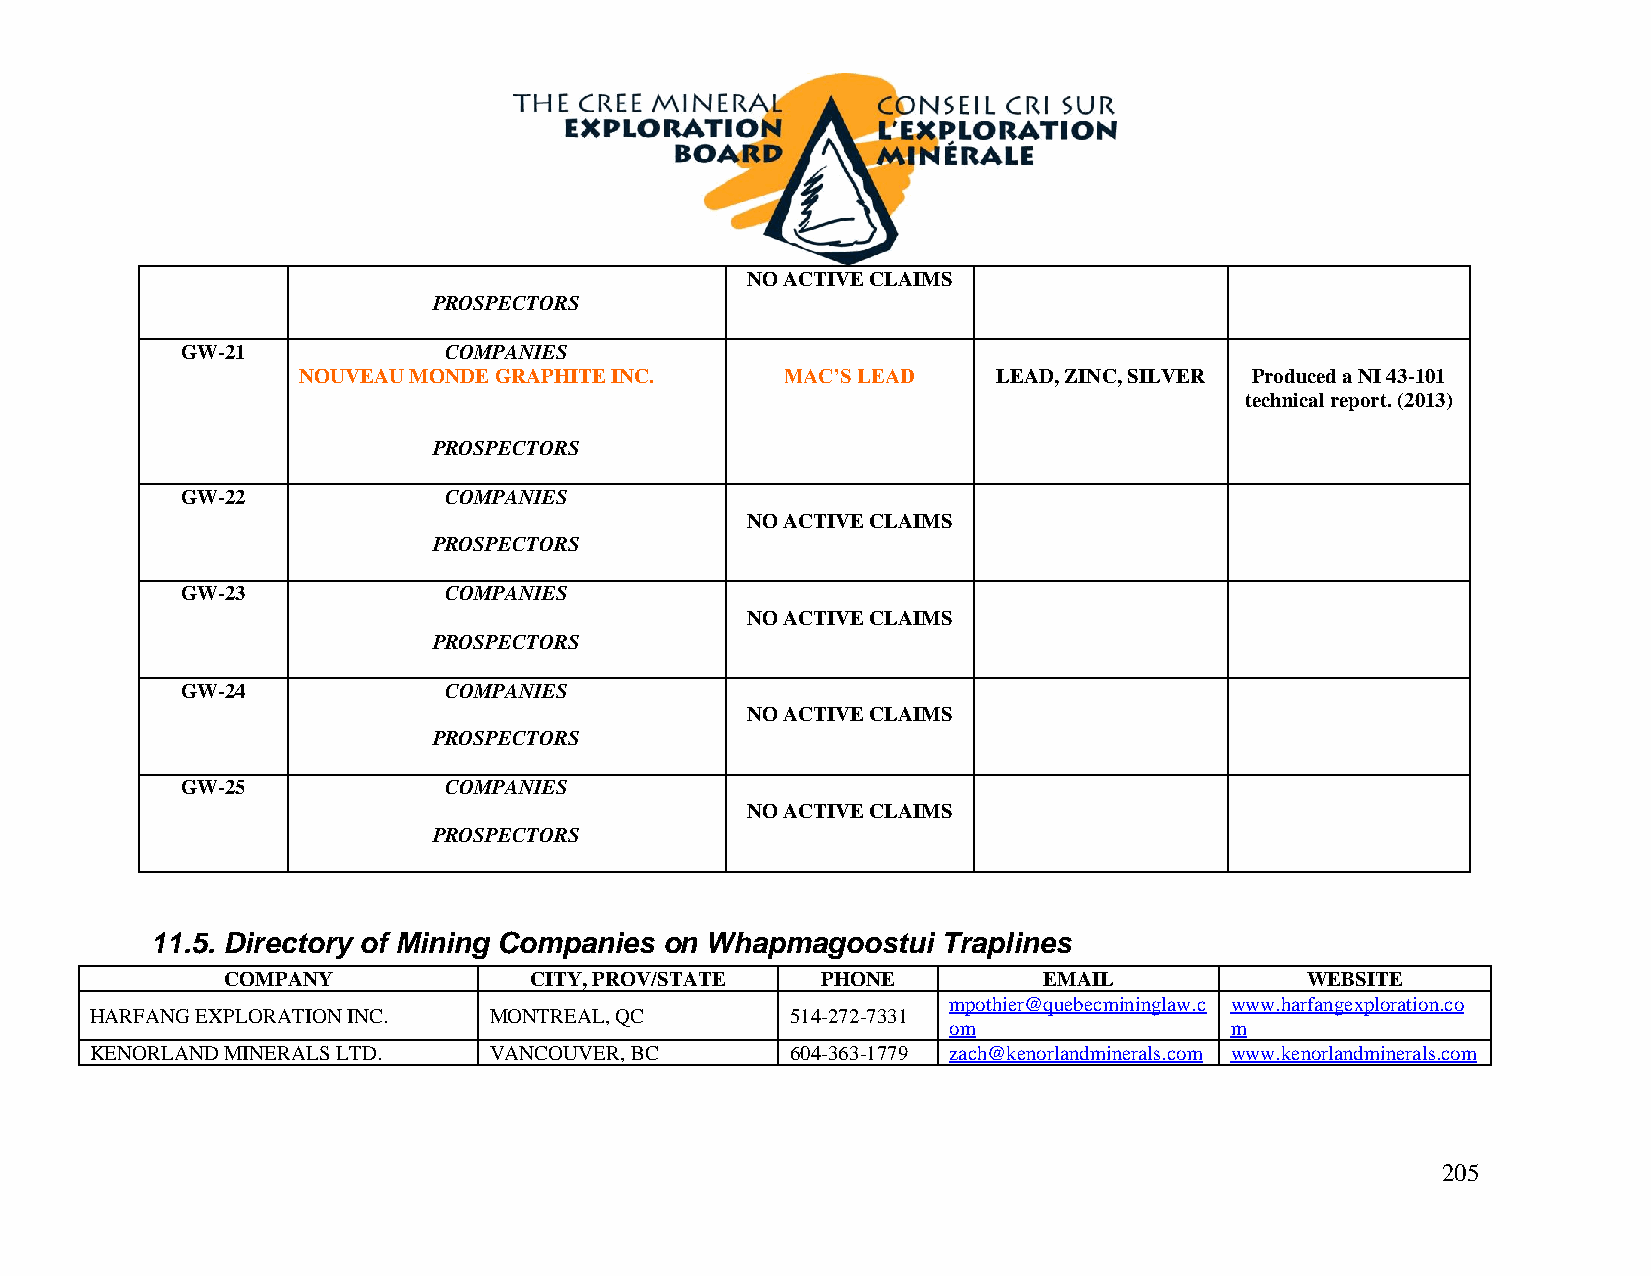
NO ACTIVE CLAIMS
 PROSPECTORS
 GW-21            COMPANIES
 NOUVEAU MONDE GRAPHITE INC.     MAC’S LEAD    LEAD, ZINC, SILVER Produced a NI 43-101
 technical report. (2013)
 PROSPECTORS
 GW-22            COMPANIES
 NO ACTIVE CLAIMS
 PROSPECTORS
 GW-23            COMPANIES
 NO ACTIVE CLAIMS
 PROSPECTORS
 GW-24            COMPANIES
 NO ACTIVE CLAIMS
 PROSPECTORS
 GW-25            COMPANIES
 NO ACTIVE CLAIMS
 PROSPECTORS
 11.5. Directory of Mining Companies on Whapmagoostui Traplines
 COMPANY             CITY, PROV/STATE   PHONE          EMAIL            WEBSITE
 mpothier@quebecmininglaw.c www.harfangexploration.co
 HARFANG EXPLORATION INC.  MONTREAL, QC        514-272-7331
 om                m
 KENORLAND MINERALS LTD.   VANCOUVER, BC       604-363-1779 zach@kenorlandminerals.com www.kenorlandminerals.com
 205